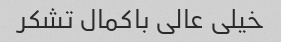
خیلی عالی باکمال تشکر